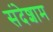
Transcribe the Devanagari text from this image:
संदेशाम